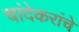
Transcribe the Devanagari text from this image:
चांदेकरांचे